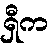
ရှီက